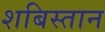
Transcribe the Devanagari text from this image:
शबिस्तान